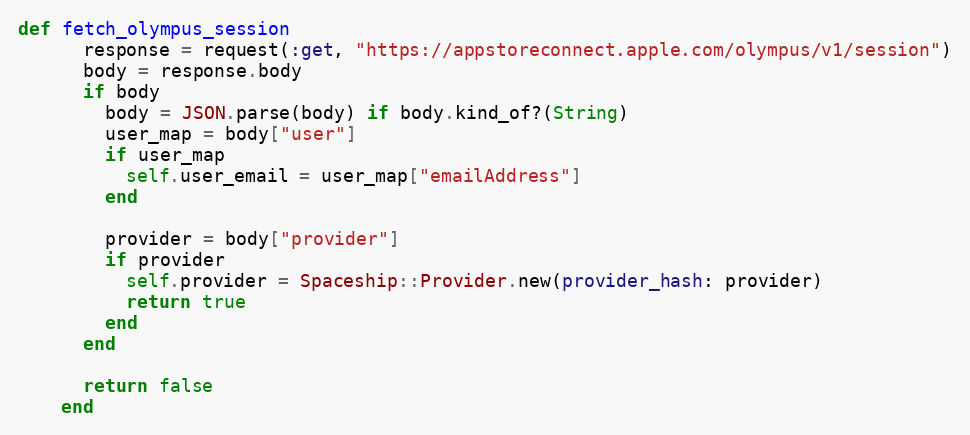
Language: Ruby
def fetch_olympus_session
      response = request(:get, "https://appstoreconnect.apple.com/olympus/v1/session")
      body = response.body
      if body
        body = JSON.parse(body) if body.kind_of?(String)
        user_map = body["user"]
        if user_map
          self.user_email = user_map["emailAddress"]
        end

        provider = body["provider"]
        if provider
          self.provider = Spaceship::Provider.new(provider_hash: provider)
          return true
        end
      end

      return false
    end